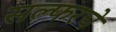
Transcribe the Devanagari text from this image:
सल्फरचे